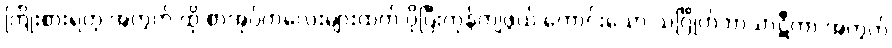
ကြိုးစားရတဲ့ အတွက် ထို စာအုပ်ကလေးများထက် ပိုပြီးကုန်ကျဖွယ် ကောင်းသော သင်္ဂြိုဟ်ဘာသာဋီကာ အတွက်